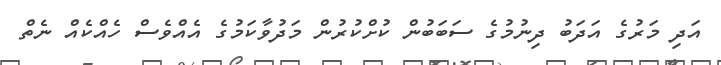
އަދި މަރުގެ އަދަބު ދިނުމުގެ ސަބަބުން ކުށްކުރުން މަދުވާކަމުގެ އެއްވެސް ހެއްކެއް ނެތް